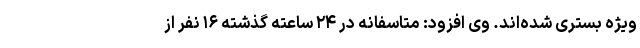
ویژه بستری شده‌اند. وی افزود: متاسفانه در ۲۴ ساعته گذشته ۱۶ نفر از